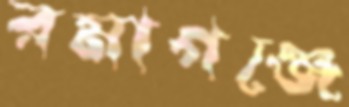
রমাগঞ্জে